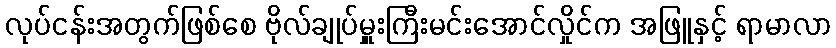
လုပ်ငန်းအတွက်ဖြစ်စေ ဗိုလ်ချုပ်မှူးကြီးမင်းအောင်လှိုင်က အဖြူနှင့် ရာမာလာ